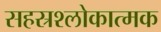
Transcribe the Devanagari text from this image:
सहस्रश्लोकात्मक